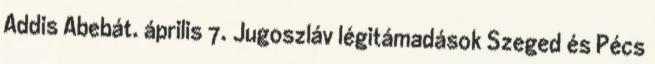
Addis Abebát. április 7. Jugoszláv légitámadások Szeged és Pécs